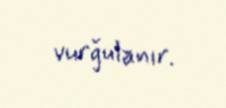
vurğulanır.